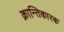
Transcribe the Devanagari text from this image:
क्रान्तिकारक